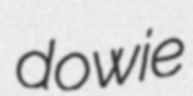
dowie